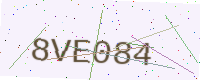
Text: 8VE084